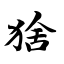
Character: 猞